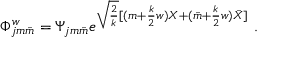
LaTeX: \Phi _ { j m \bar { m } } ^ { w } = \Psi _ { j m \bar { m } } e ^ { \sqrt { \frac { 2 } { k } } [ ( m + { \frac { k } { 2 } } w ) X + ( \bar { m } + { \frac { k } { 2 } } w ) \bar { X } ] } ~ .